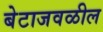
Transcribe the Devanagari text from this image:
बेटाजवळील